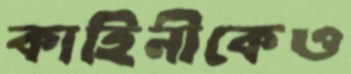
কাহিনীকেও